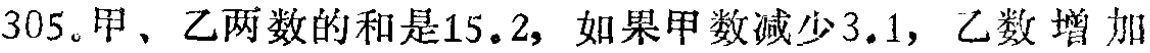
305。甲、乙两数的和是15.2，如果甲数减少3.1，乙数增加